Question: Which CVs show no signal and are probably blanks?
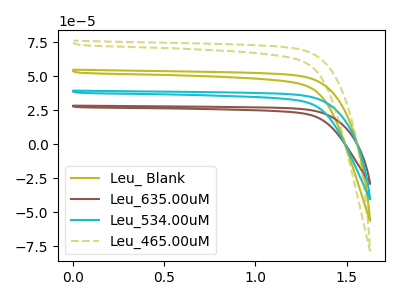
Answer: <think>The olive curve "Leu_ Blank" has no peaks. The brown curve "Leu_635.00uM" has no peaks. The cyan curve "Leu_534.00uM" has no peaks. The olive dashed curve "Leu_465.00uM" has no peaks.</think>
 <answer>"Leu_ Blank", "Leu_635.00uM", "Leu_534.00uM" and "Leu_465.00uM" are likely to be blanks.</answer>
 <eval>"Leu_ Blank", "Leu_635.00uM", "Leu_534.00uM", "Leu_465.00uM"</eval>